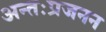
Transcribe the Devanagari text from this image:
अन्तःप्रजनन